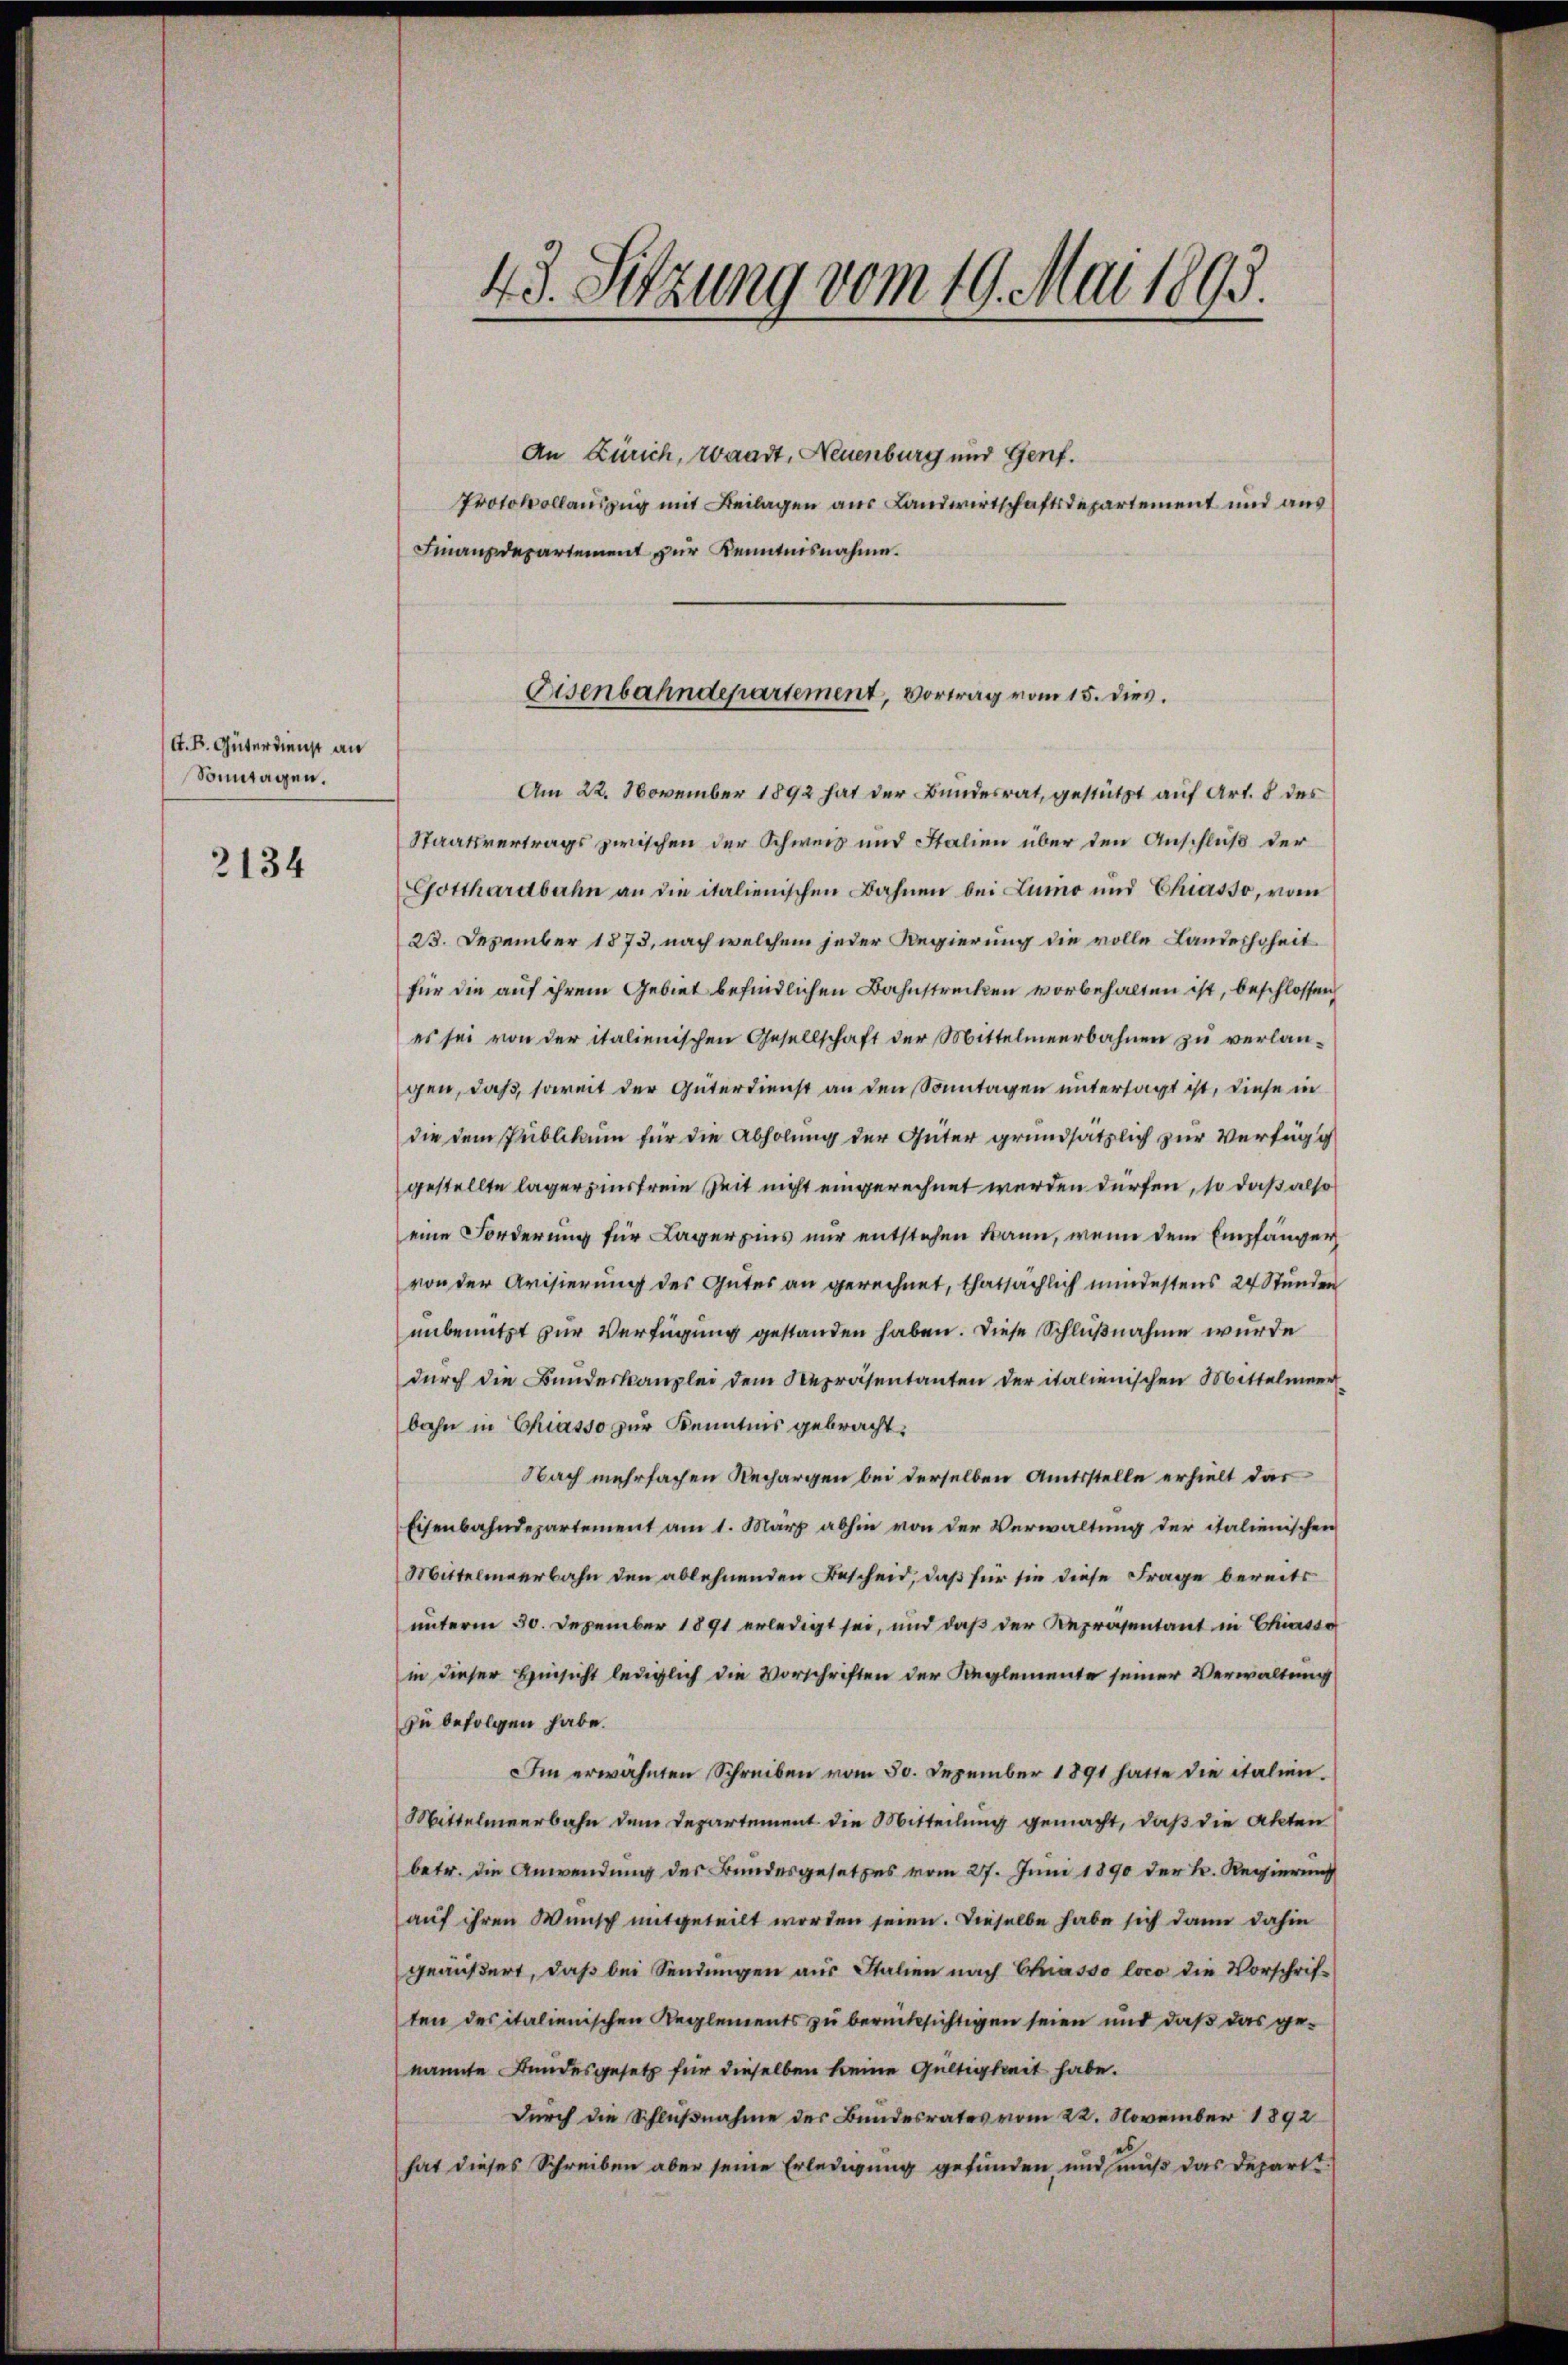
G. B. Güterdienst an
Sonntagen.
2134

43. Sitzung vom 19. Mai 1893.

An Zürich, Waadt, Neuenburg und Genf.
Protokollauszug mit Beilagen aus Landwirtschaftsdepartement und aus
Finanzdepartement zur Kenntnisnahme.

Eisenbahndepartement, vortrag vom 15. dies.

Am 22. November 1892 hat der Bundesrat, gestützt auf Art. 8 des
Staatsvertrags zwischen der Schweiz und Stalien über den Anschluß der
Gotthardbahn an die italienischen Bahnen bei Lumo und Chiasso, vom
23. Dezember 1873, nach welchem jeder Regierung die volle Landeshoheit
für die auf ihrem Gebiet befindlichen Bahnstrecken vorbehalten ist, beschlossen,
es sei von der italienischen Gesellschaft der Mittelmeerbahnen zu verlan-
gen, daß, soweit der Güterdienst an den Sonntagen untersagt ist, diese in
die dem Publikaum für die Abholung der Güter grundsätzlich zur Verfügu
gestellte lager zinsfreie Zeit nicht eingerechnet werden dürfen, so daß also
eine Forderung für Lagereins nur entstehen kann, wenn dem Empfänger
von der Avisierung des Gutes an gerechnet, thatsächlich mindestens 24 Stunden
unbenutzt zur Verfügung gestanden haben. Diese Schlußnahme wurde
durch die Bundeskanzlei dem Repräsentanten der italienischen Mittelmeer
bahn in Chiasso zur Kenntnis gebracht.
Nach mehrfachen Rechargen bei derselben Amtsstelle erhielt das
Eisenbahndepartement am 1. März abhin von der Verwaltung der italienischen
Mittelmeerbahn den ablehnenden Bescheid, daß für sie diese Frage bereits
unterm 30. Dezember 1891 erledigt sei, und daß der Repräsentant in Chiasso
in dieser Hinsicht lediglich die Vorschriften der Reglemente seiner Verwaltung
zu befolgen habe.
Im erwähnten Schreiben vom 30. Dezember 1891 hatte die italien¬
Mittelmeerbahn dem Departement die Mitteilung gemacht, daß die Akten
betr. die Anwendung des Bundesgesetzes vom 27. Juni 1890 der Fr. Regierung
auf ihren Wunsch mitgeteilt worden seien. Dieselbe habe sich dann dahin
geäußert, daß bei Sendungen aus Italien nach Chiasso loco die Vorschrif-
ten des italienischen Reglements zu berücksichtigen seien und daß das genannte Kundesgesetz für dieselben keine Gültigkeit habe.
durch die Schlußnahme des Bundesrates vom 22. November 1892
hat dieses Schreiben aber seine Erledigung gefunden und muß das Departi